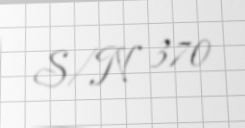
S/N 370